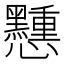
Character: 𢥽